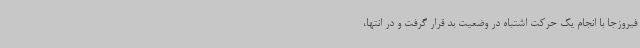
فیروزجا با انجام یک حرکت اشتباه در وضعیت بد قرار گرفت و در انتها،